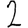
Digit: 2